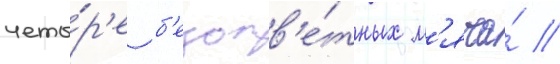
четы́р'е б'езотв'е́тных м'яча́ //